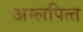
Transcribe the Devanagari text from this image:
अम्‍लपित्‍त